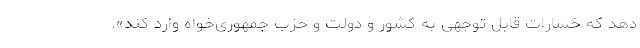
دهد که خسارات قابل توجهی به کشور و دولت و حزب جمهوری‌خواه وارد کند».